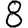
Digit: 8